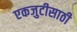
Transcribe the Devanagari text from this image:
एकजुटीसाठी